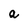
Character: a